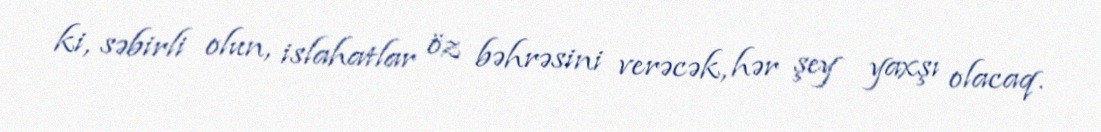
ki, səbirli olun, islahatlar öz bəhrəsini verəcək, hər şey yaxşı olacaq.